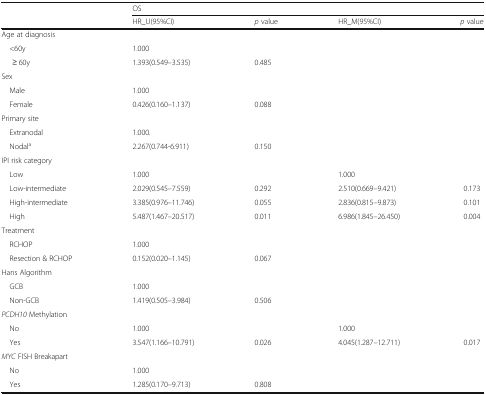
| <ROWSPAN=2>  | <COLSPAN=4> OS |
 | HR_U(95%CI) | p value | HR_M(95%CI) | p value |
 | --- | --- | --- | --- | --- |
 | <COLSPAN=5> Age at diagnosis |
 | <60y | 1.000 |  |  |  |
 | ≥ 60y | 1.393(0.549–3.535) | 0.485 |  |  |
 | <COLSPAN=5> Sex |
 | Male | 1.000 |  |  |  |
 | Female | 0.426(0.160–1.137) | 0.088 |  |  |
 | <COLSPAN=5> Primary site |
 | Extranodal | 1.000. |  |  |  |
 | Nodala | 2.267(0.744-6.911) | 0.150 |  |  |
 | <COLSPAN=5> IPI risk category |
 | Low | 1.000 |  | 1.000 |  |
 | Low-intermediate | 2.029(0.545–7.559) | 0.292 | 2.510(0.669–9.421) | 0.173 |
 | High-intermediate | 3.385(0.976–11.746) | 0.055 | 2.836(0.815–9.873) | 0.101 |
 | High | 5.487(1.467–20.517) | 0.011 | 6.986(1.845–26.450) | 0.004 |
 | <COLSPAN=5> Treatment |
 | RCHOP | 1.000 |  |  |  |
 | Resection & RCHOP | 0.152(0.020–1.145) | 0.067 |  |  |
 | <COLSPAN=5> Hans Algorithm |
 | GCB | 1.000 |  |  |  |
 | Non-GCB | 1.419(0.505–3.984) | 0.506 |  |  |
 | <COLSPAN=5> PCDH10 Methylation |
 | No | 1.000 |  | 1.000 |  |
 | Yes | 3.547(1.166–10.791) | 0.026 | 4.045(1.287–12.711) | 0.017 |
 | <COLSPAN=5> MYC FISH Breakapart |
 | No | 1.000 |  |  |  |
 | Yes | 1.285(0.170–9.713) | 0.808 |  |  |